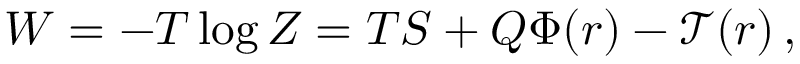
W = - T \log Z = T S + Q \Phi ( r ) - \mathcal { T } ( r ) \, ,